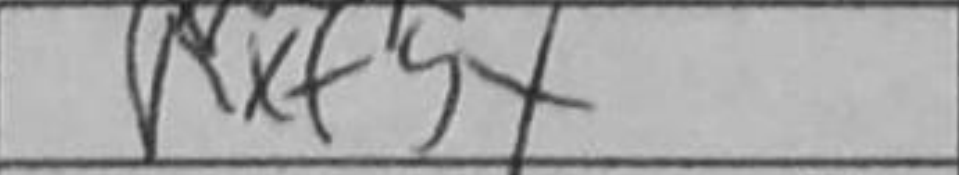
Transcription: Rxf5+